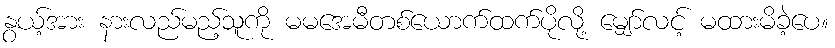
နွယ့်အား နားလည်မည့်သူကို မမအေမီတစ်ယောက်ထက်ပိုလို့ မျှော်လင့် မထားမိခဲ့ပေ။